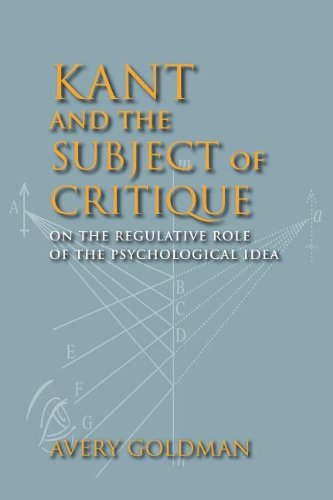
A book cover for Kant and the Subject of Critique: On the Regulative Role of the Psychological Idea (Studies in Continental Thought); Avery Goldman; Politics & Social Sciences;